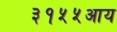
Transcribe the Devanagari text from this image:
३१५५आय